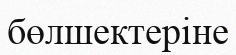
бөлшектеріне